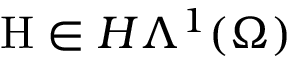
\mathrm { H } \in H \Lambda ^ { 1 } ( \Omega )